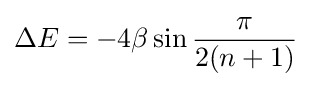
\Delta E=-4\beta \sin {\frac {\pi }{2(n+1)}}